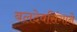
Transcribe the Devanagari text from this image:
बलदेवसिंगाने